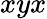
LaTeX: xyx